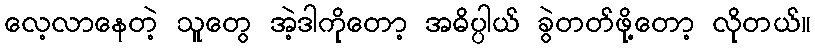
လေ့လာနေတဲ့ သူတွေ အဲ့ဒါကိုတော့ အဓိပ္ပါယ် ခွဲတတ်ဖို့တော့ လိုတယ်။